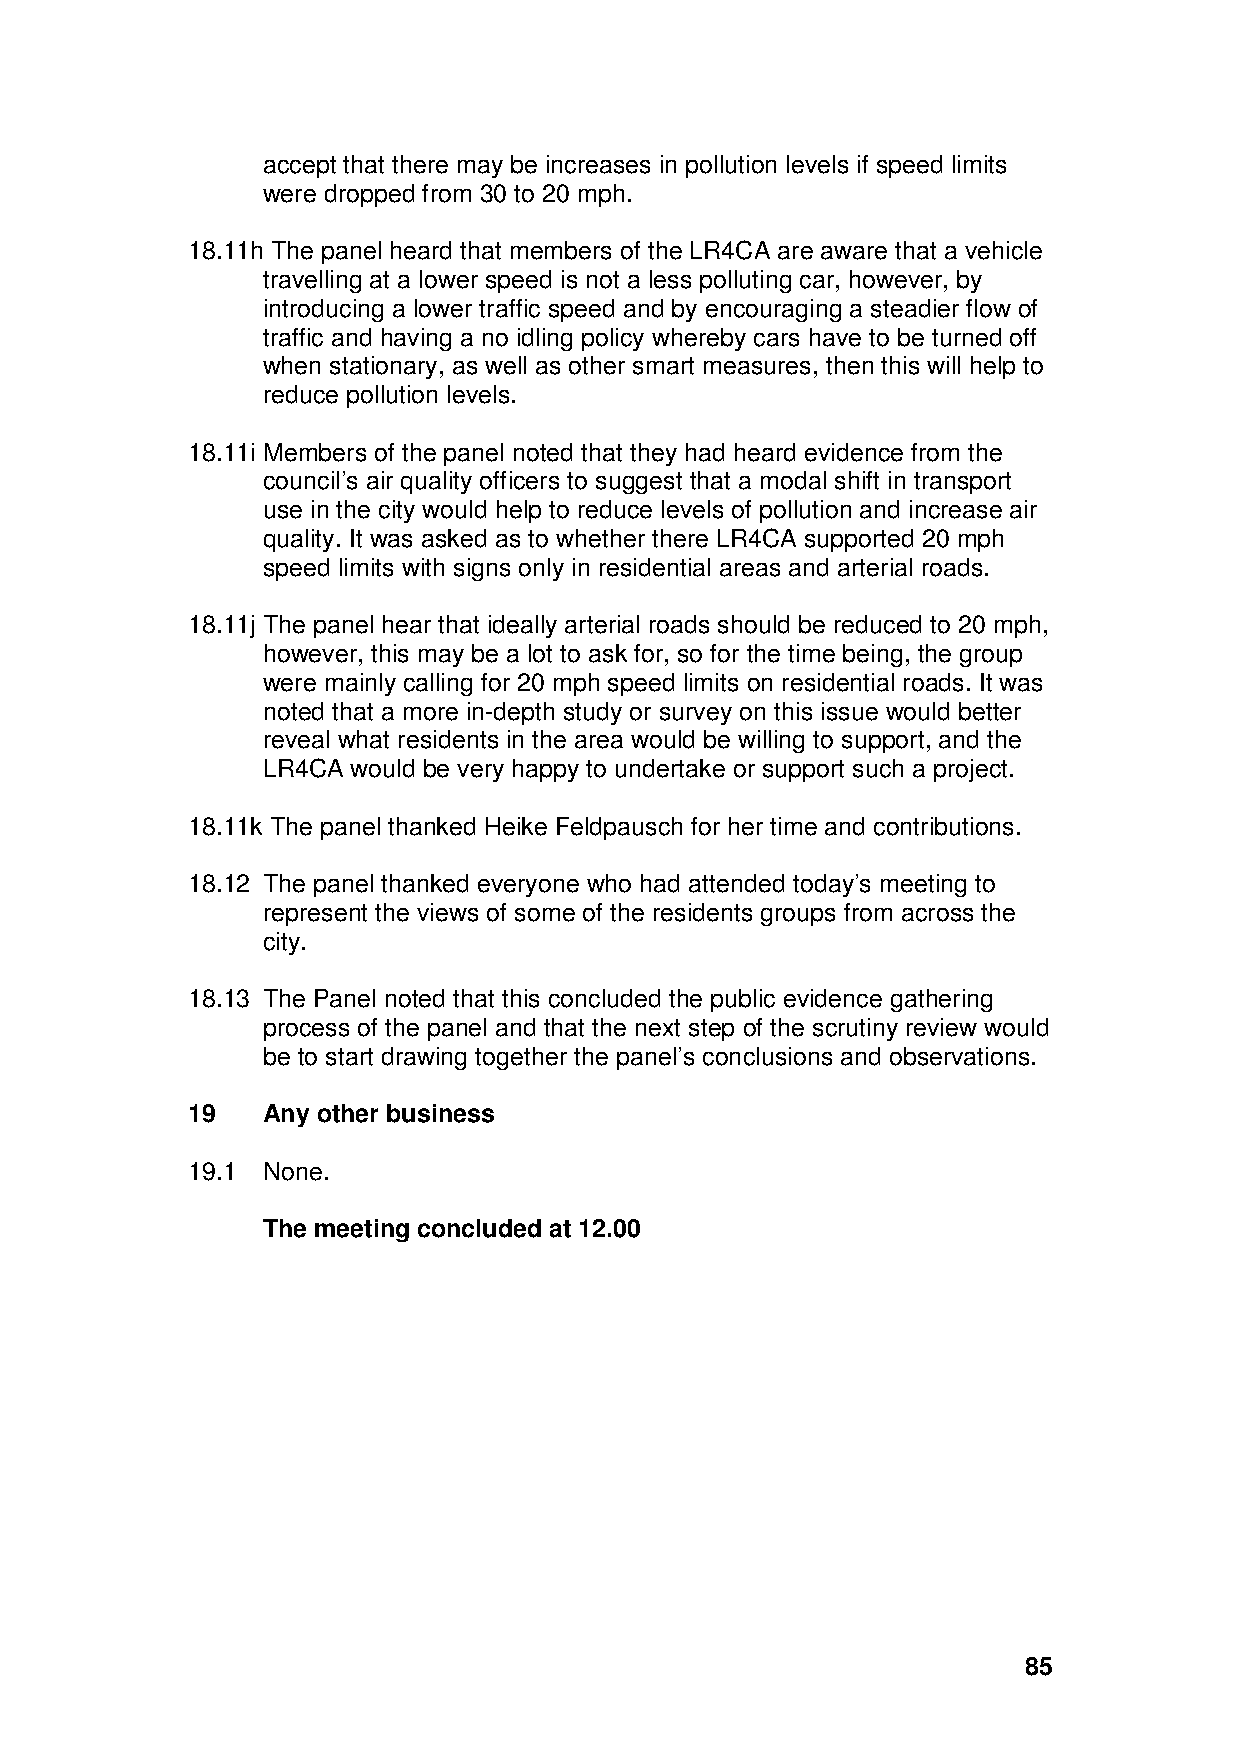
accept that there may be increases in pollution levels if speed limits
 were dropped from 30 to 20 mph.
 18.11h The panel heard that members of the LR4CA are aware that a vehicle
 travelling at a lower speed is not a less polluting car, however, by
 introducing a lower traffic speed and by encouraging a steadier flow of
 traffic and having a no idling policy whereby cars have to be turned off
 when stationary, as well as other smart measures, then this will help to
 reduce pollution levels.
 18.11i Members of the panel noted that they had heard evidence from the
 council’s air quality officers to suggest that a modal shift in transport
 use in the city would help to reduce levels of pollution and increase air
 quality. It was asked as to whether there LR4CA supported 20 mph
 speed limits with signs only in residential areas and arterial roads.
 18.11j The panel hear that ideally arterial roads should be reduced to 20 mph,
 however, this may be a lot to ask for, so for the time being, the group
 were mainly calling for 20 mph speed limits on residential roads. It was
 noted that a more in-depth study or survey on this issue would better
 reveal what residents in the area would be willing to support, and the
 LR4CA would be very happy to undertake or support such a project.
 18.11k The panel thanked Heike Feldpausch for her time and contributions.
 18.12 The panel thanked everyone who had attended today’s meeting to
 represent the views of some of the residents groups from across the
 city.
 18.13 The Panel noted that this concluded the public evidence gathering
 process of the panel and that the next step of the scrutiny review would
 be to start drawing together the panel’s conclusions and observations.
 19   Any other business
 19.1 None.
 The meeting concluded at 12.00
 85